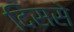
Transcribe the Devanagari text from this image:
दिससे